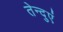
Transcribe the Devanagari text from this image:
तेन्दुएं